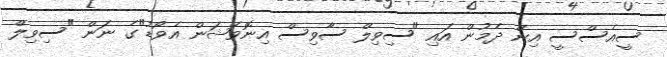
ސީއެސްސީ އިން ދެމުން އައި "ސިވިލް ސާވިސް އިނޮވޭޝަން އެވޯޑު"ގެ ނަން "ސިވިލް